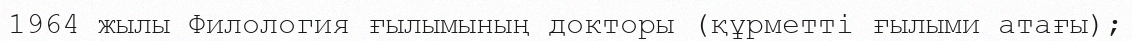
1964 жылы Филология ғылымының докторы (құрметті ғылыми атағы);